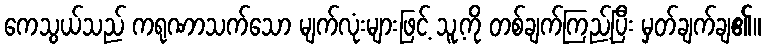
ကေသွယ်သည် ကရုဏာသက်သော မျက်လုံးများဖြင့် သူ့ကို တစ်ချက်ကြည့်ပြီး မှတ်ချက်ချ၏။